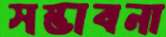
সম্ভাবনা